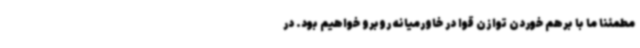
مطمئنا ما با برهم خوردن توازن قوا در خاورمیانه روبرو خواهیم بود. در